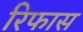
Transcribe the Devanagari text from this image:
रिफास